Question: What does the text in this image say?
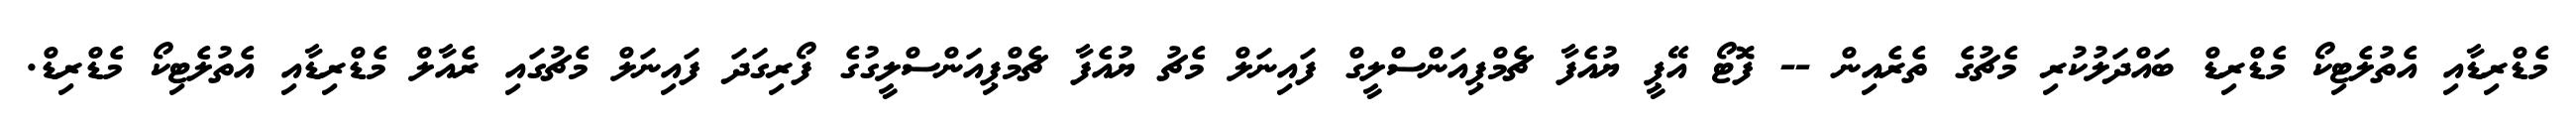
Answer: މެޑްރިޑާއި އެތުލެޓިކޯ މެޑްރިޑް ބައްދަލުކުރި މެޗުގެ ތެރެއިން -- ފޮޓޯ އޭޕީ ޔުއެފާ ޗެމްޕިއަންސްލީގް ފައިނަލް މެޗު ޔުއެފާ ޗެމްޕިއަންސްލީގުގެ ފޯރިގަދަ ފައިނަލް މެޗުގައި ރެއާލް މެޑްރިޑާއި އެތުލެޓިކޯ މެޑްރިޑް.